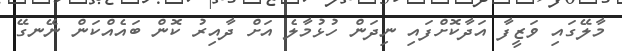
މާލޭގައި ވަޒީފާ އަދާކޮށްފައި ނިދަން ހުޅުމާލެ އަށް ދާއިރު ކޮން ބައެއްކަން ނޭނގޭ